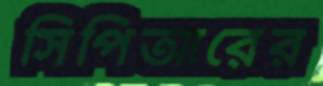
সিপিআরের